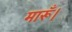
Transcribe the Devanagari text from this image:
मारूँ।